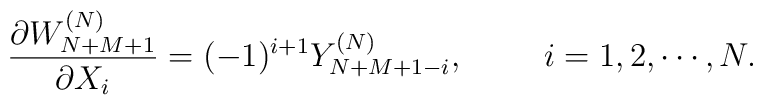
{\partial W_{N+M+1}^{(N)} \over \partial X_i}=(-1)^{i+1}Y^{(N)}_{N+M+1-i}, \hskip10mm i=1,2,\cdots,N.